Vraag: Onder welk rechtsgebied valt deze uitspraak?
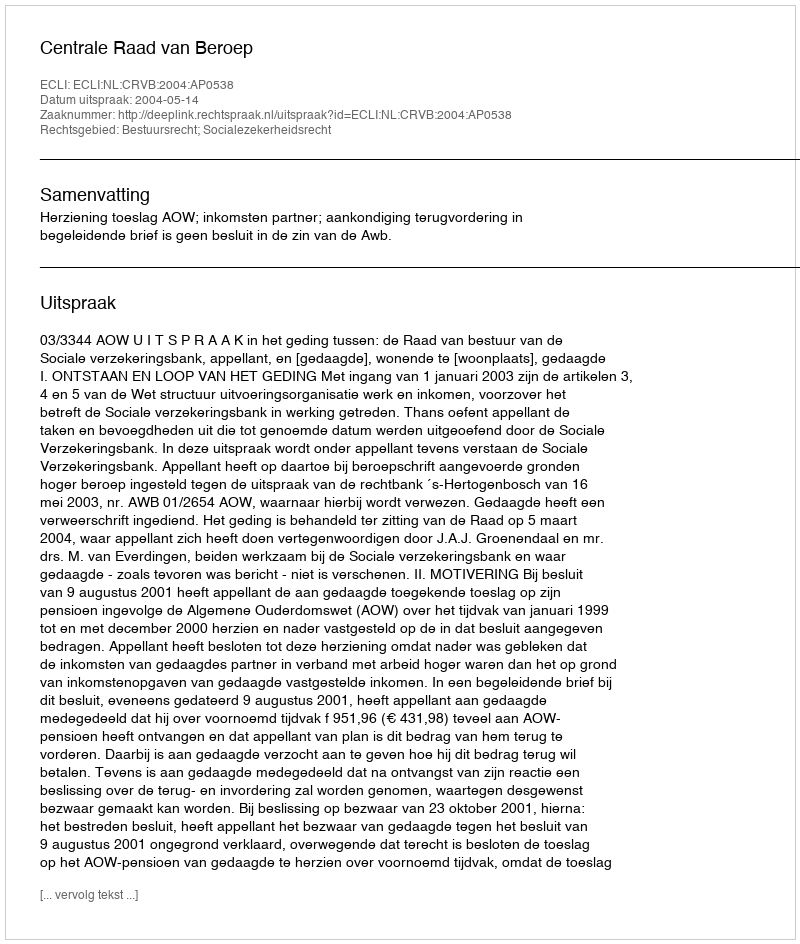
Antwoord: Bestuursrecht; Socialezekerheidsrecht